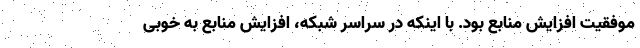
موفقیت افزایش منابع بود. با اینکه در سراسر شبکه، افزایش منابع به خوبی